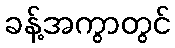
ခန့်အကွာတွင်